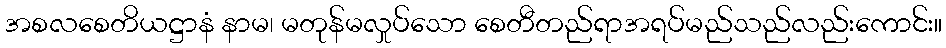
အစလစေတိယဋ္ဌာနံ နာမ၊ မတုန်မလှုပ်သော စေတီတည်ရာအရပ်မည်သည်လည်းကောင်း။